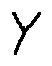
Y